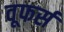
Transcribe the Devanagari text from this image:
वूफर्स